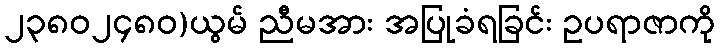
၂၃၈၀၂၄၈၀)ယွမ် ညီမအား အပြုခံရခြင်း ဥပရာဇာကို